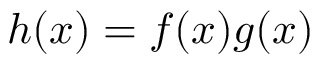
h ( x ) = f ( x ) g ( x )